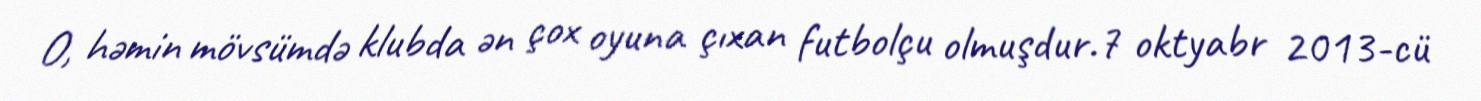
O, həmin mövsümdə klubda ən çox oyuna çıxan futbolçu olmuşdur.7 oktyabr 2013-cü